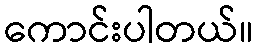
ကောင်းပါတယ်။